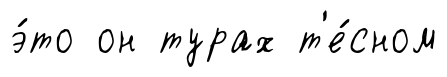
э́то он турах т'е́сном